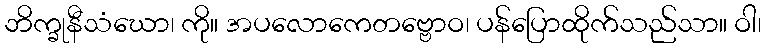
ဘိက္ခုနီသံဃော၊ ကို။ အပလောကေတဗ္ဗောဝ၊ ပန်ပြောထိုက်သည်သာ။ ဝါ၊